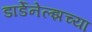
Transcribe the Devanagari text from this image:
डार्डेनेल्झच्या